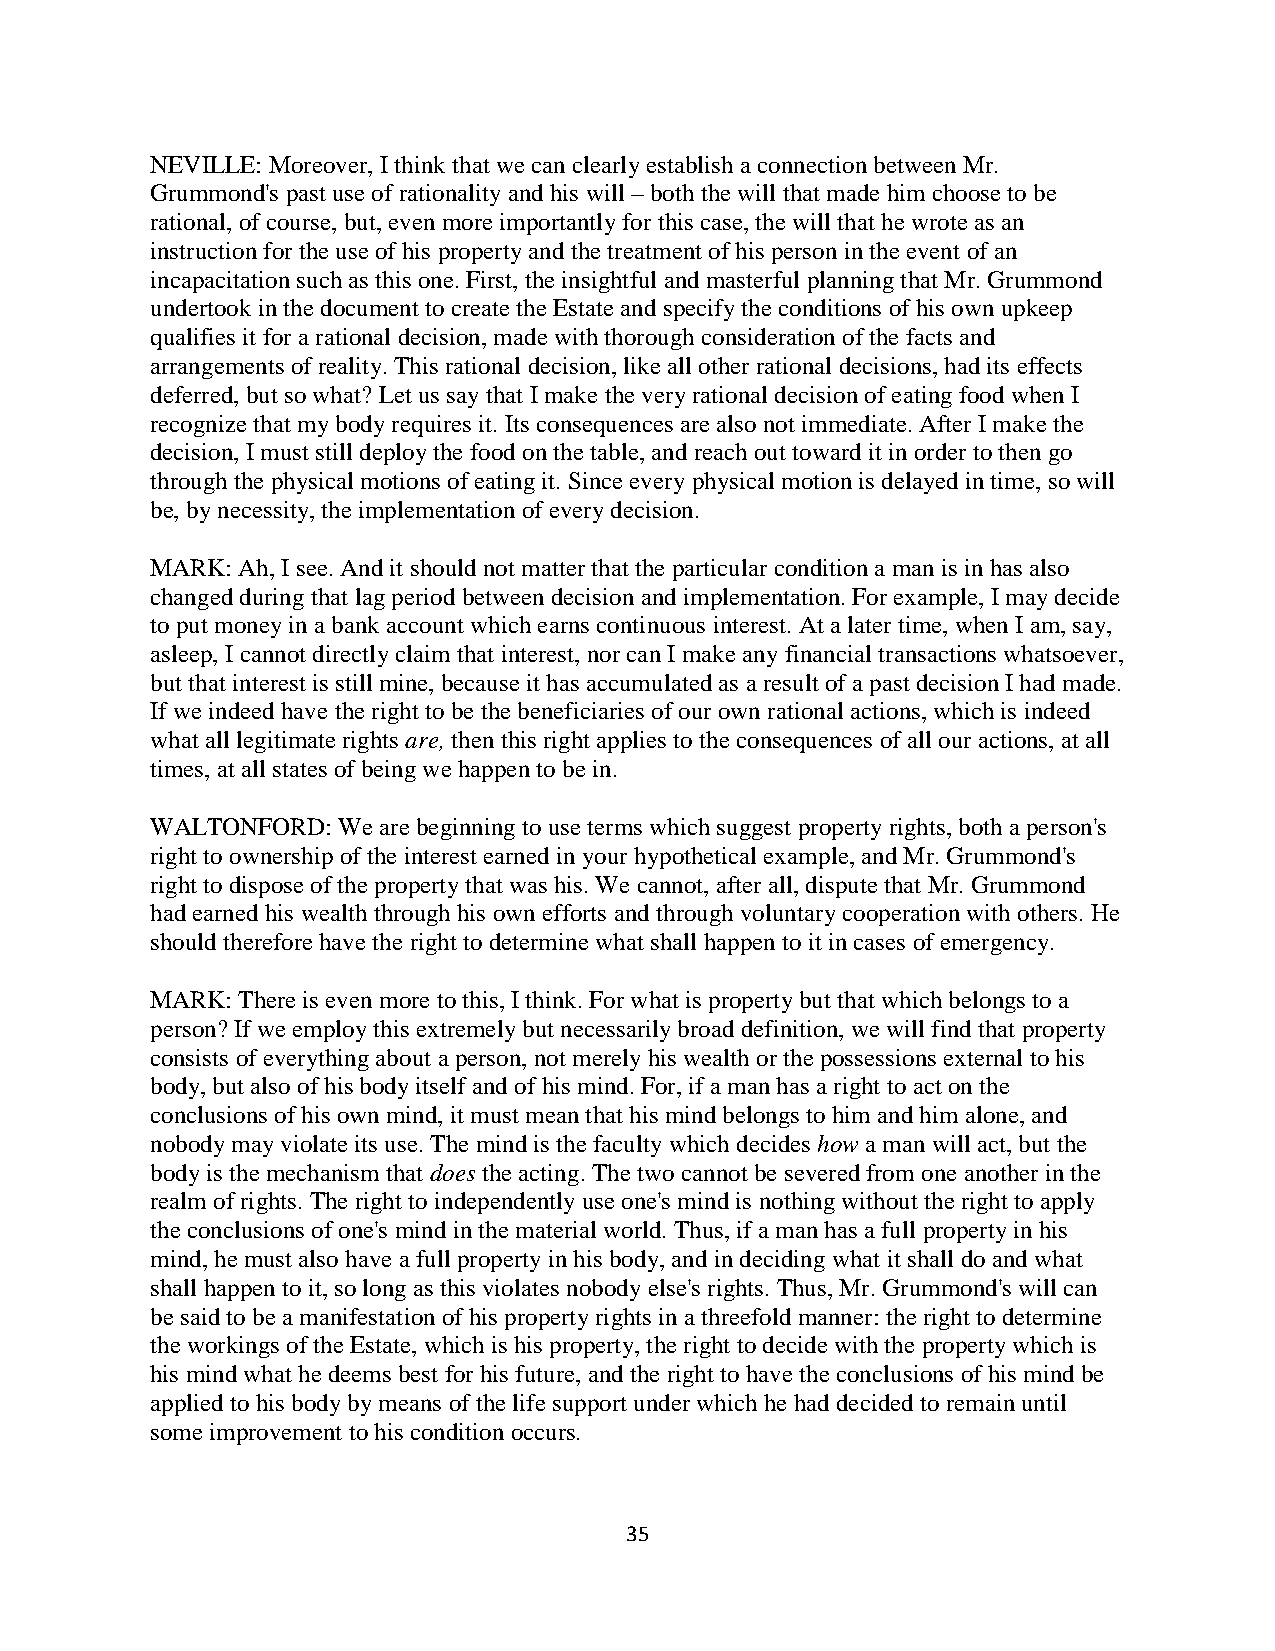
NEVILLE: Moreover, I think that we can clearly establish a connection between Mr.
 Grummond's past use of rationality and his will – both the will that made him choose to be
 rational, of course, but, even more importantly for this case, the will that he wrote as an
 instruction for the use of his property and the treatment of his person in the event of an
 incapacitation such as this one. First, the insightful and masterful planning that Mr. Grummond
 undertook in the document to create the Estate and specify the conditions of his own upkeep
 qualifies it for a rational decision, made with thorough consideration of the facts and
 arrangements of reality. This rational decision, like all other rational decisions, had its effects
 deferred, but so what? Let us say that I make the very rational decision of eating food when I
 recognize that my body requires it. Its consequences are also not immediate. After I make the
 decision, I must still deploy the food on the table, and reach out toward it in order to then go
 through the physical motions of eating it. Since every physical motion is delayed in time, so will
 be, by necessity, the implementation of every decision.
 MARK: Ah, I see. And it should not matter that the particular condition a man is in has also
 changed during that lag period between decision and implementation. For example, I may decide
 to put money in a bank account which earns continuous interest. At a later time, when I am, say,
 asleep, I cannot directly claim that interest, nor can I make any financial transactions whatsoever,
 but that interest is still mine, because it has accumulated as a result of a past decision I had made.
 If we indeed have the right to be the beneficiaries of our own rational actions, which is indeed
 what all legitimate rights are, then this right applies to the consequences of all our actions, at all
 times, at all states of being we happen to be in.
 WALTONFORD: We are beginning to use terms which suggest property rights, both a person's
 right to ownership of the interest earned in your hypothetical example, and Mr. Grummond's
 right to dispose of the property that was his. We cannot, after all, dispute that Mr. Grummond
 had earned his wealth through his own efforts and through voluntary cooperation with others. He
 should therefore have the right to determine what shall happen to it in cases of emergency.
 MARK: There is even more to this, I think. For what is property but that which belongs to a
 person? If we employ this extremely but necessarily broad definition, we will find that property
 consists of everything about a person, not merely his wealth or the possessions external to his
 body, but also of his body itself and of his mind. For, if a man has a right to act on the
 conclusions of his own mind, it must mean that his mind belongs to him and him alone, and
 nobody may violate its use. The mind is the faculty which decides how a man will act, but the
 body is the mechanism that does the acting. The two cannot be severed from one another in the
 realm of rights. The right to independently use one's mind is nothing without the right to apply
 the conclusions of one's mind in the material world. Thus, if a man has a full property in his
 mind, he must also have a full property in his body, and in deciding what it shall do and what
 shall happen to it, so long as this violates nobody else's rights. Thus, Mr. Grummond's will can
 be said to be a manifestation of his property rights in a threefold manner: the right to determine
 the workings of the Estate, which is his property, the right to decide with the property which is
 his mind what he deems best for his future, and the right to have the conclusions of his mind be
 applied to his body by means of the life support under which he had decided to remain until
 some improvement to his condition occurs.
 35